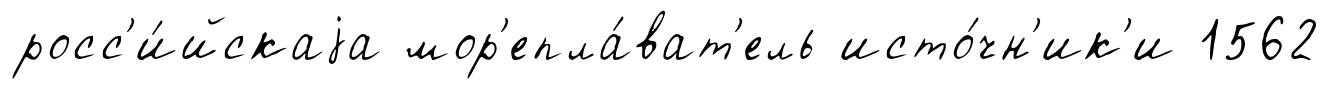
росс'и́йскаjа мор'епла́ват'ель исто́чн'ик'и 1562